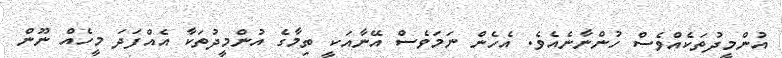
އުންމީދުތަކެއްވެސް ހުންނާނެއެވެ. އެހެން ނަމަވެސް އޭނާއަކީ ތިމާގެ އުންމީދުތަކާ އެއްފަދަ މީހެއް ނޫން